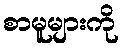
စာမူများကို